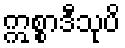
ဣစ္စာဒီသုပိ